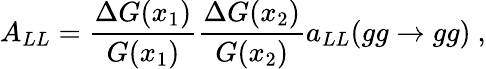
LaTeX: A_{LL}={\frac{\Delta G(x_{1})}{G(x_{1})}}{\frac{\Delta G(x_{2})}{G(x_{2})}}a_{LL}(gg\to gg)\ ,